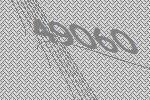
49060